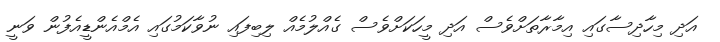
އަދި މިހާދިސާގައި އިމާރާތަށްވެސް އަދި މީހަކަށްވެސް ގެއްލުމެއް ލިބިފައި ނުވާކަމުގައި އެމްއެންޑީއެފުން ވަނީ